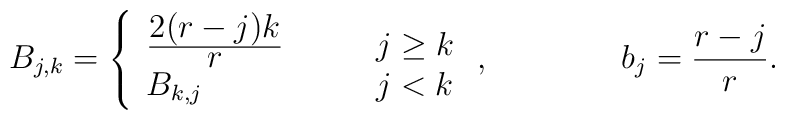
B_{j,k} =  \left\{\begin{array}{ll}\frac{\displaystyle 2(r-j)k}{\displaystyle r} \qquad  & j\geq k  \\B_{k,j} & j<k\end{array} \right. ,  \qquad \qquad b_j = \frac{r-j}{r} .